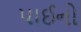
પાઈનો